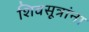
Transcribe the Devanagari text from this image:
शिवसूत्रांना